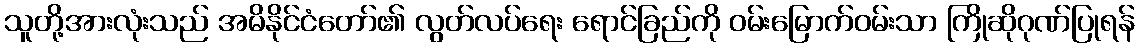
သူတို့အားလုံးသည် အမိနိုင်ငံတော်၏ လွတ်လပ်ရေး ရောင်ခြည်ကို ဝမ်းမြောက်ဝမ်းသာ ကြိုဆိုဂုဏ်ပြုရန်